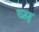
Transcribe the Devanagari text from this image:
ष्म